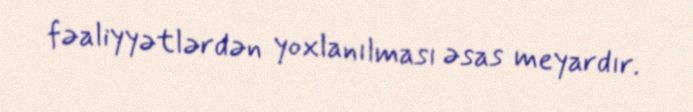
fəaliyyətlərdən yoxlanılması əsas meyardır.